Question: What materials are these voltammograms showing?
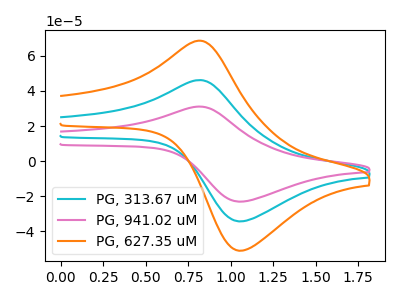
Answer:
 <answer>The cyan curve is labeled "PG, 313.67 uM". The pink curve is labeled "PG, 941.02 uM". The orange curve is labeled "PG, 627.35 uM".</answer>
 <eval></eval>